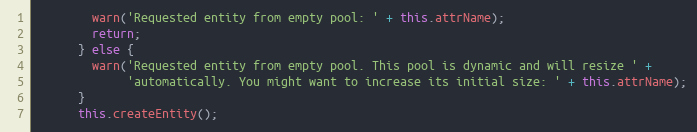
Language: JavaScript
        warn('Requested entity from empty pool: ' + this.attrName);
        return;
      } else {
        warn('Requested entity from empty pool. This pool is dynamic and will resize ' +
             'automatically. You might want to increase its initial size: ' + this.attrName);
      }
      this.createEntity();